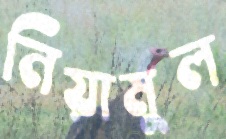
নিয়ামুল